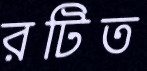
রটিত